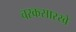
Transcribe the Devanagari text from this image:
चरकसारखे